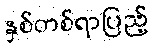
နှစ်တစ်ရာပြည့်